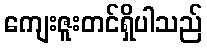
ကျေးဇူးတင်ရှိပါသည်